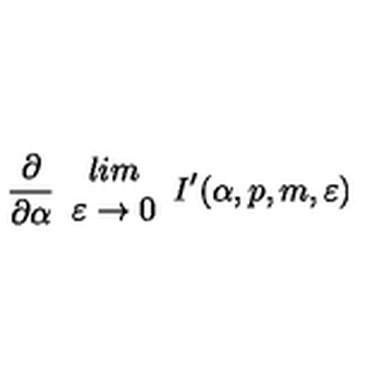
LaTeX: \frac { \partial } { \partial \alpha } \begin{array} { c } { l i m } \\ { \varepsilon \rightarrow 0 } \\ \end{array} I ^ { \prime } ( \alpha , p , m , \varepsilon )